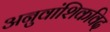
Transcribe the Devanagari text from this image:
अनुवांशिकविद